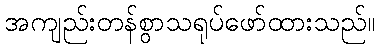
အကျည်းတန်စွာသရုပ်ဖော်ထားသည်။